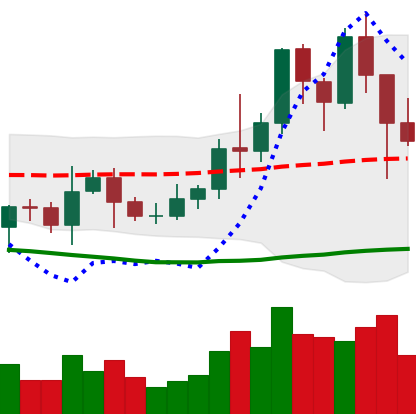
Ticker: LINK-USD
Chart end date: 2021-01-12
Forward return: 66.478%
Label: up_7plus